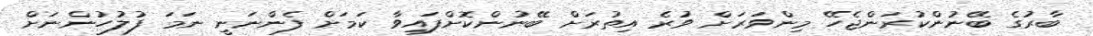
ބާރުގެ ބޭނުންކުރަންޖެހޭ މިންވަރަށް ވުރެ އިތުރަށް ބޭނުންކޮށްފައިވާ ކަމަށް ފެންނަނީ ނަމަ ފުލުހުންނަށް